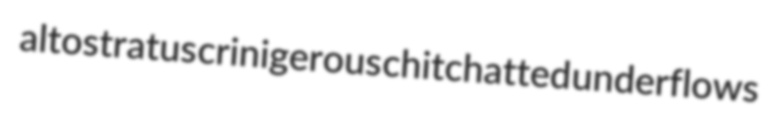
altostratus crinigerous chitchatted underflows